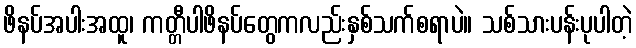
ဖိနပ်အပါးအထူ၊ ကတ္တီပါဖိနပ်တွေကလည်းနှစ်သက်စရာပဲ။ သစ်သားပန်းပုပါတဲ့